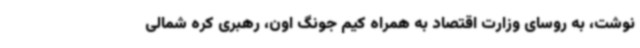
نوشت، به روسای وزارت اقتصاد به همراه کیم جونگ اون، رهبری کره شمالی